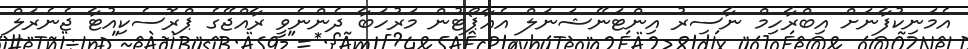
އެމަނިކުފާނަށް އިބްރާހިމް ނާސިރު އިންޓަނޭޝަނަލް އެއާޕޯޓުން މަރުހަބާ ދެންނެވީ ރާއްޖޭގެ ޕްރޮސެކިއުޓާ ޖެނެރަލް